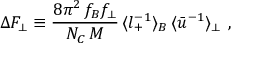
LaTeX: \Delta F _ { \perp } \equiv \frac { 8 \pi ^ { 2 } \, f _ { B } f _ { \perp } } { N _ { C } \, M } \, \langle l _ { + } ^ { - 1 } \rangle _ { B } \, \langle \bar { u } ^ { - 1 } \rangle _ { \perp } \ ,